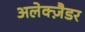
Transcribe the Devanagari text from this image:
अलेक्ज़ैडर